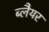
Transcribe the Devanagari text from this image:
ब्लैयर